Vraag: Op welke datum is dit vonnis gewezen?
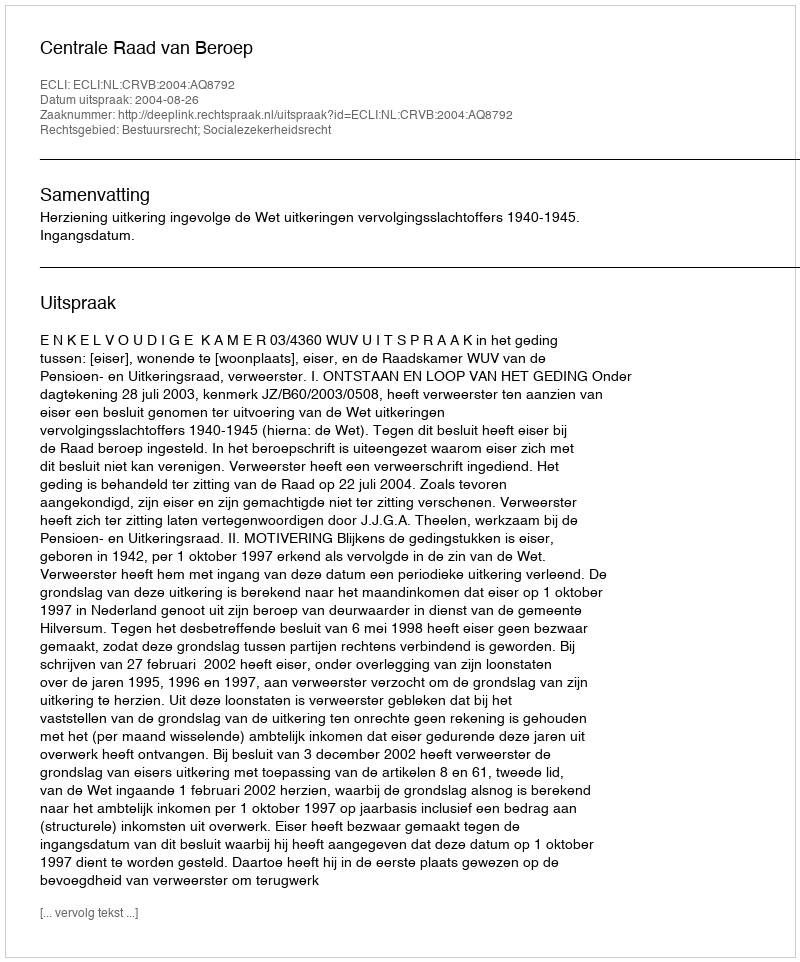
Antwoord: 2004-08-26